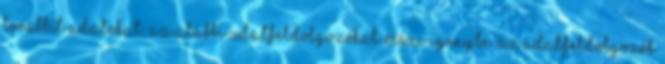
továbbít adatokat, az alábbi adatfeldolgozókat veszi igénybe. Az Adatfeldolgozók